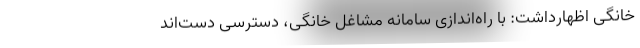
خانگی اظهارداشت: با راه‌اندازی سامانه مشاغل خانگی، دسترسی دست‌اند